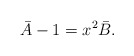
\begin{align*}\bar{A} - 1 = x^2 \bar{B}.\end{align*}